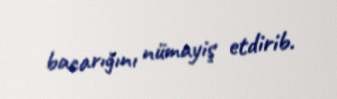
bacarığını nümayiş etdirib.